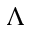
\Lambda